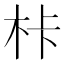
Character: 𭩦